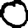
Digit: 0